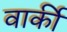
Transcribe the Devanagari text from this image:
वार्की